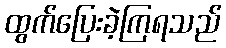
ထွက်ပြေးခဲ့ကြရသည်